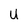
Character: u